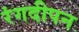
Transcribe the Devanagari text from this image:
रंगदीपन